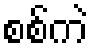
စစ်ကဲ